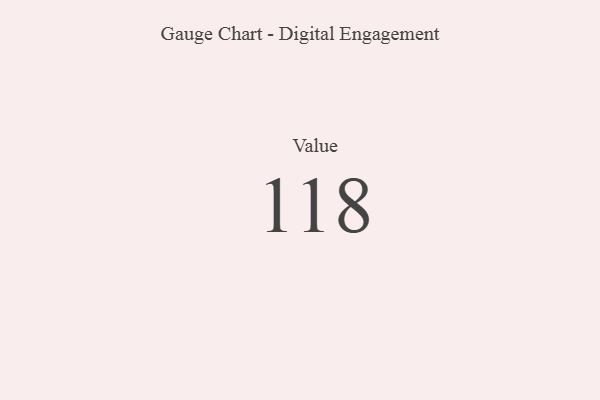
{"axis": {"x": "Metric", "y": "Value"}, "legend": [""], "data": [{"x": "Value", "y": 118, "type": ""}]}